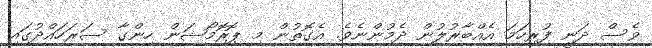
ވެސް ދަނީ ފުރިހަމަ އެއްބާރުލުން ދެމުންނެވެ. އެގޮތުން މި ޕޮރޮމޯޝަން ހިންގާ ސަރަހައްދުގައި